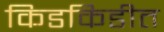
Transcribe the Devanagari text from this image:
किडकिडीत